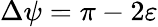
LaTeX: \Delta\psi=\pi-2\varepsilon